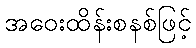
အဝေးထိန်းစနစ်ဖြင့်